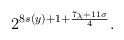
\begin{align*} 2^{8s(y) + 1+ \frac{7\chi+11\sigma}{4}}.\end{align*}